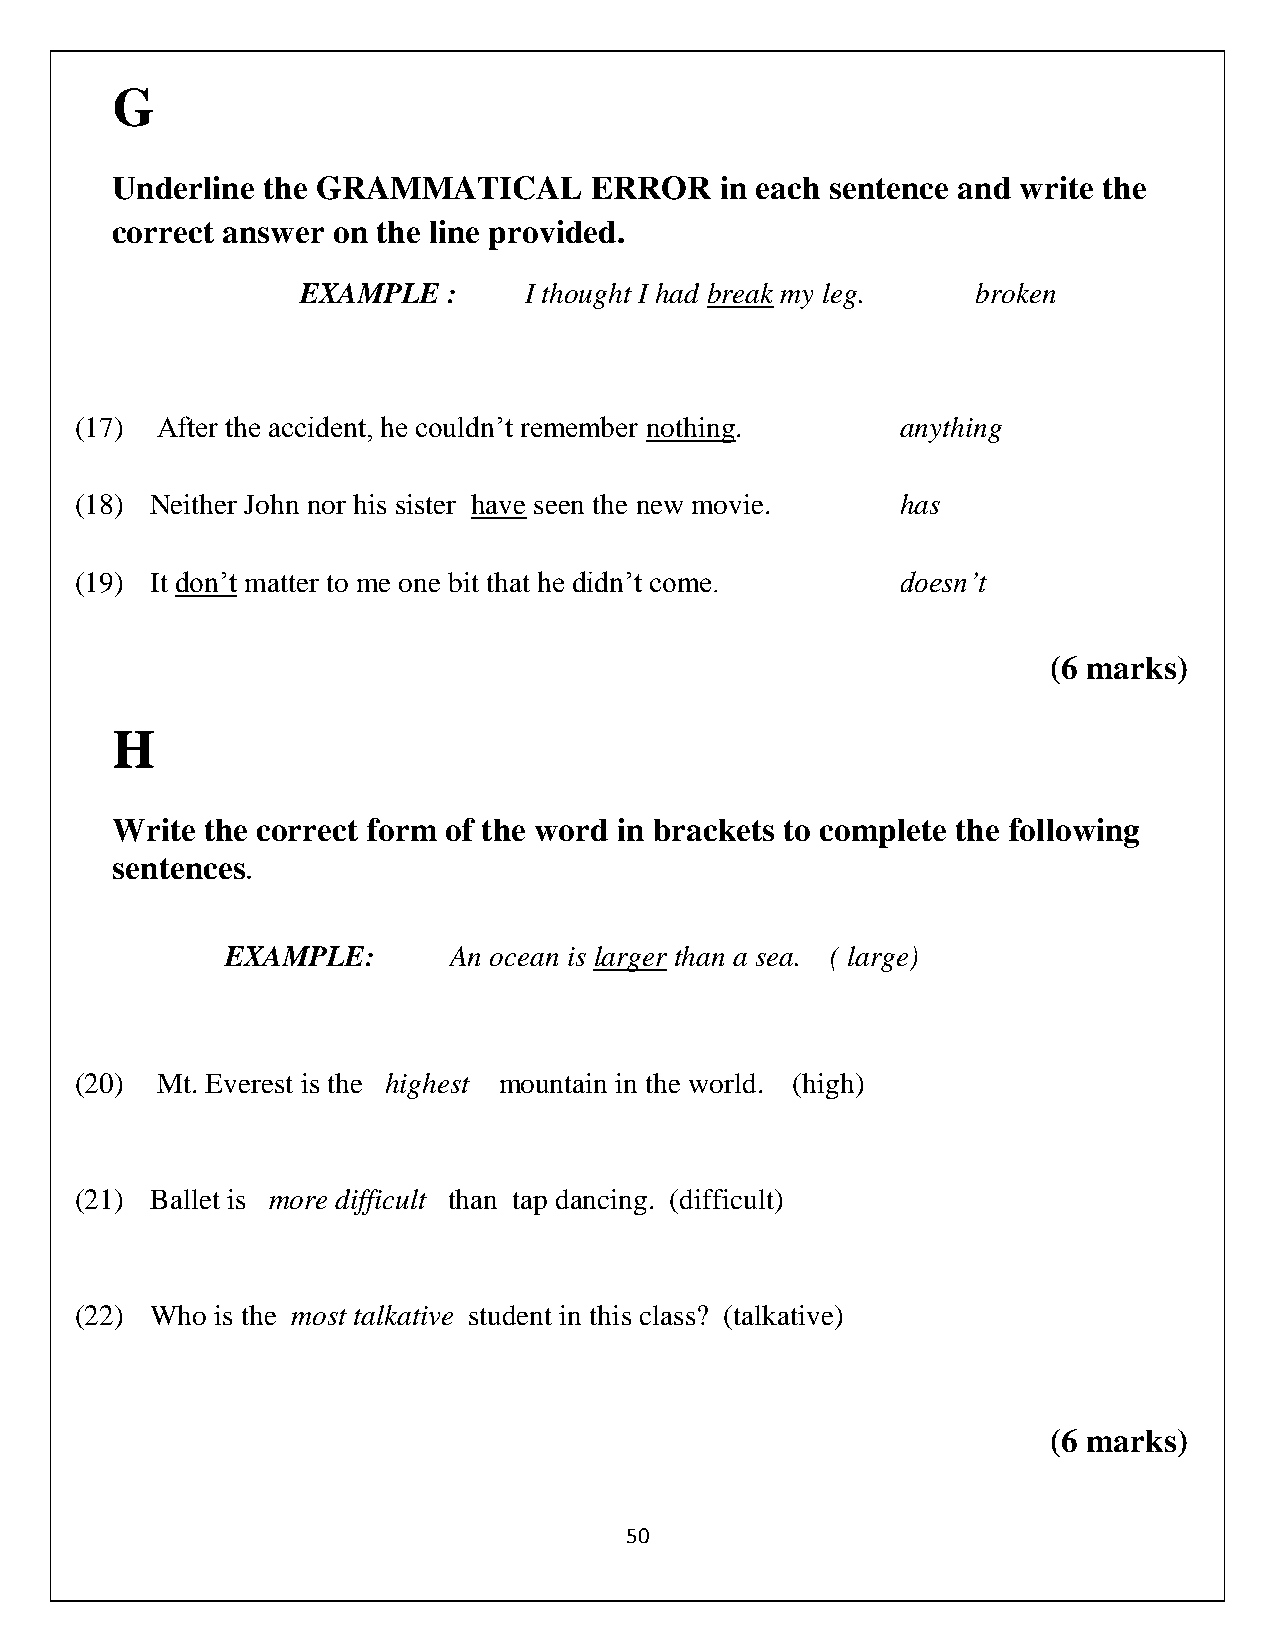
G
 Underline the GRAMMATICAL       ERROR    in each sentence and write the
 correct answer on the line provided.
 EXAMPLE   :    I thought I had break my leg. broken
 (17) After the accident, he couldn’t remember nothing. anything
 (18) Neither John nor his sister have seen the new movie. has
 (19) It don’t matter to me one bit that he didn’t come. doesn’t
 (6 marks)
 H
 Write the correct form of the word in brackets to complete the following
 sentences
 .
 EXAMPLE:       An ocean is larger than a sea. ( large)
 (20) Mt. Everest is the highest mountain in the world. (high)
 (21) Ballet is more difficult than tap dancing. (difficult)
 (22) Who is the most talkative student in this class? (talkative)
 (6 marks)
 50